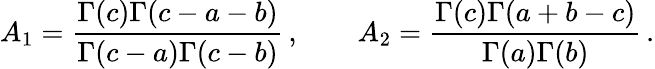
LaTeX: A_{1}={\frac{\Gamma(c)\Gamma(c-a-b)}{\Gamma(c-a)\Gamma(c-b)}}\, ,\qquad A_{2}={\frac{\Gamma(c)\Gamma(a+b-c)}{\Gamma(a)\Gamma(b)}}\, .